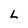
Character: L